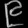
Digit: ၉